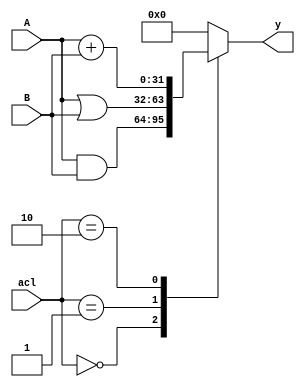
module alu(A,B,acl,y); //a=read_data_1_rr_ex     b= output of alu_mux   acl=ALU_Control
input [31:0]  A,B;
input [3:0] acl;
output reg [31:0] y;
always@(A,B,acl)
begin
  case(acl)
     4'b0000: y=A&B;
     4'b0001: y=A|B;
     4'b0010: y= A+B;
     default: y=0;
   endcase  
end
endmodule